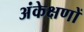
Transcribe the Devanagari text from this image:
अंकेक्षणों